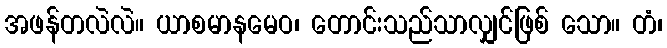
အဖန်တလဲလဲ။ ယာစမာနမေဝ၊ တောင်းသည်သာလျှင်ဖြစ် သော။ တံ၊